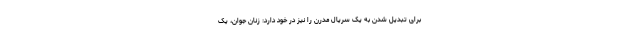
برای تبدیل شدن به یک سریال مدرن را نیز در خود دارد: زنان جوان، یک